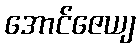
အောင်ဇေယျ